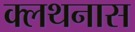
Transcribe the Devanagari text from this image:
क्लथनास